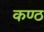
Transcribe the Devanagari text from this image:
कण्‍ठ